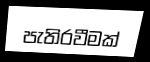
පැතිරවීමක්